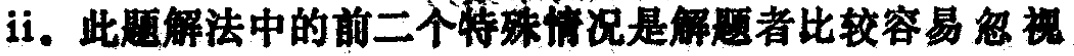
ii. 此题解法中的前二个特殊情况是解题者比较容易忽视